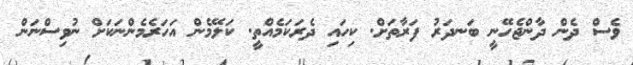
ވެސް ދެން ދާންޖެހޭނީ ބަނދަރު ފަރާތަށް. ކިހައި ދެރަކަމެއްތީ. ކަލޭމެން އަހަރެމެންނަކަށް ނުވިސްނަން